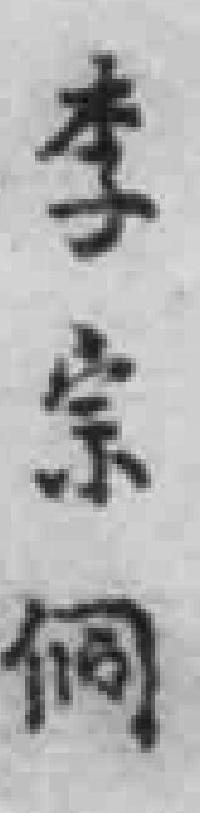
李宗侗